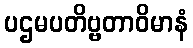
ပဌမပတိဗ္ဗတာဝိမာနံ